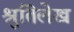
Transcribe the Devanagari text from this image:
श्रुतिलेख